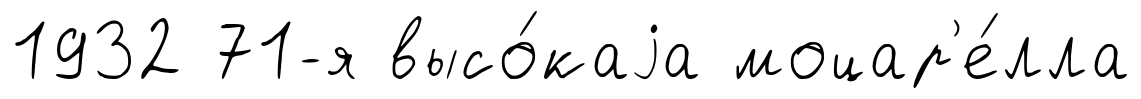
1932 71-я высо́каjа моцар'е́лла